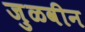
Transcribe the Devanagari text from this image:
जुळवीन